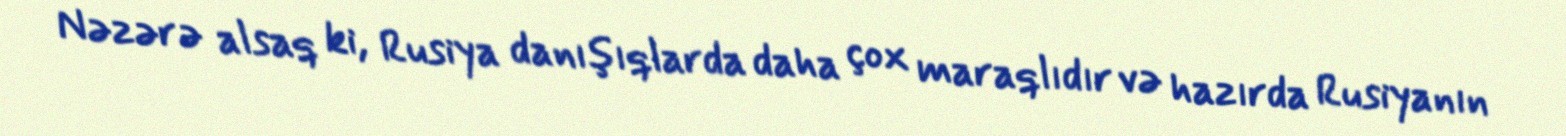
Nəzərə alsaq ki, Rusiya danışıqlarda daha çox maraqlıdır və hazırda Rusiyanın